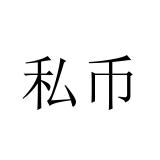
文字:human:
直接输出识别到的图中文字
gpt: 私币